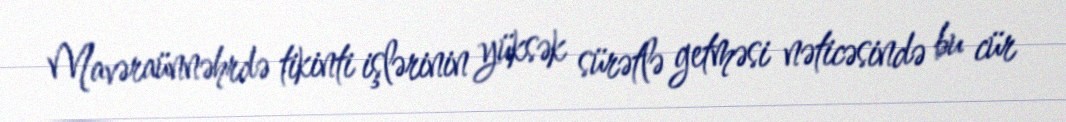
Mavəraünnəhrdə tikinti işlərinin yüksək sürətlə getməsi nəticəsində bu cür